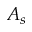
A _ { s }